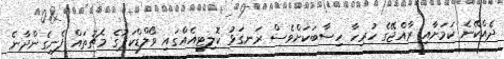
ދެއްކޭނެ ކަމަށާއި ރާއްޖޭގެ ހުރިހާ ހިސާބަކަށްވެސް ރަނގަޅު ކޮލިޓީއެއްގައި ވޯލްޑްކަޕުގެ މެޗުތައް ފެނިގެންދާނެ